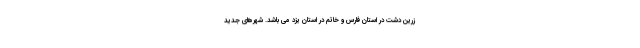
زرین دشت در استان فارس و خاتم در استان یزد می­ باشد. شهر‌های جدید